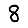
Digit: 8